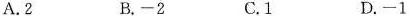
A.2 B.-2 C.1 D.-1